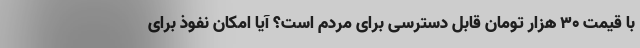
با قیمت ۳۰ هزار تومان قابل دسترسی برای مردم است؟ آیا امکان نفوذ برای